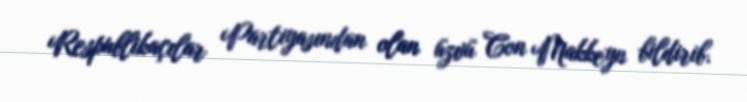
Respublikaçılar Partiyasından olan üzvü Con Makkeyn bildirib.